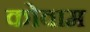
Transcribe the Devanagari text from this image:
कोवाम